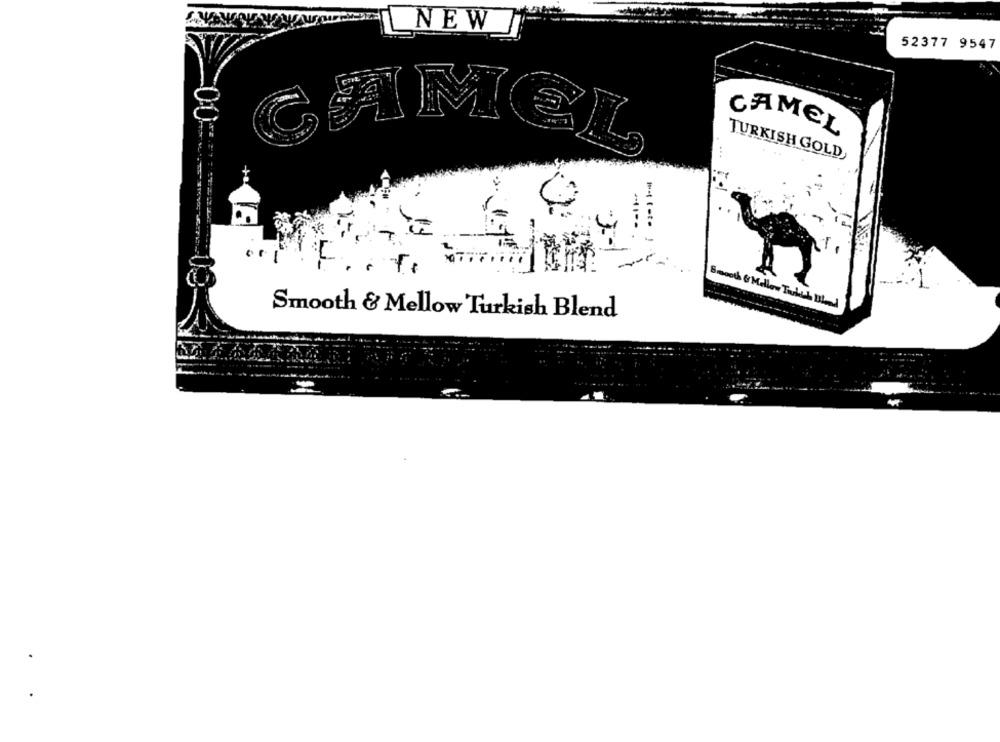
NEW
52377 9547
CAMEL
TURKISH GOLD
CAMEL
Smooth & Mellow Tukth BLd
Smooth & Mellow Turkish Blend